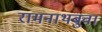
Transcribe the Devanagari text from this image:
रामनाथबुवा